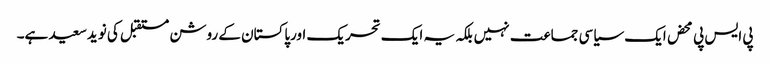
پی ایس پی محض ایک سیاسی جماعت نہیں بلکہ یہ ایک تحریک اورپاکستان کے روشن مستقبل کی نویدسعید ہے۔